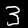
Digit: 3